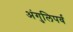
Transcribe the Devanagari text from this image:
अंगुलिपर्व